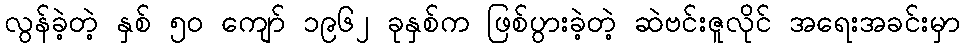
လွန်ခဲ့တဲ့ နှစ် ၅၀ ကျော် ၁၉၆၂ ခုနှစ်က ဖြစ်ပွားခဲ့တဲ့ ဆဲဗင်းဇူလိုင် အရေးအခင်းမှာ